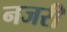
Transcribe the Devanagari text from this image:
नजरी